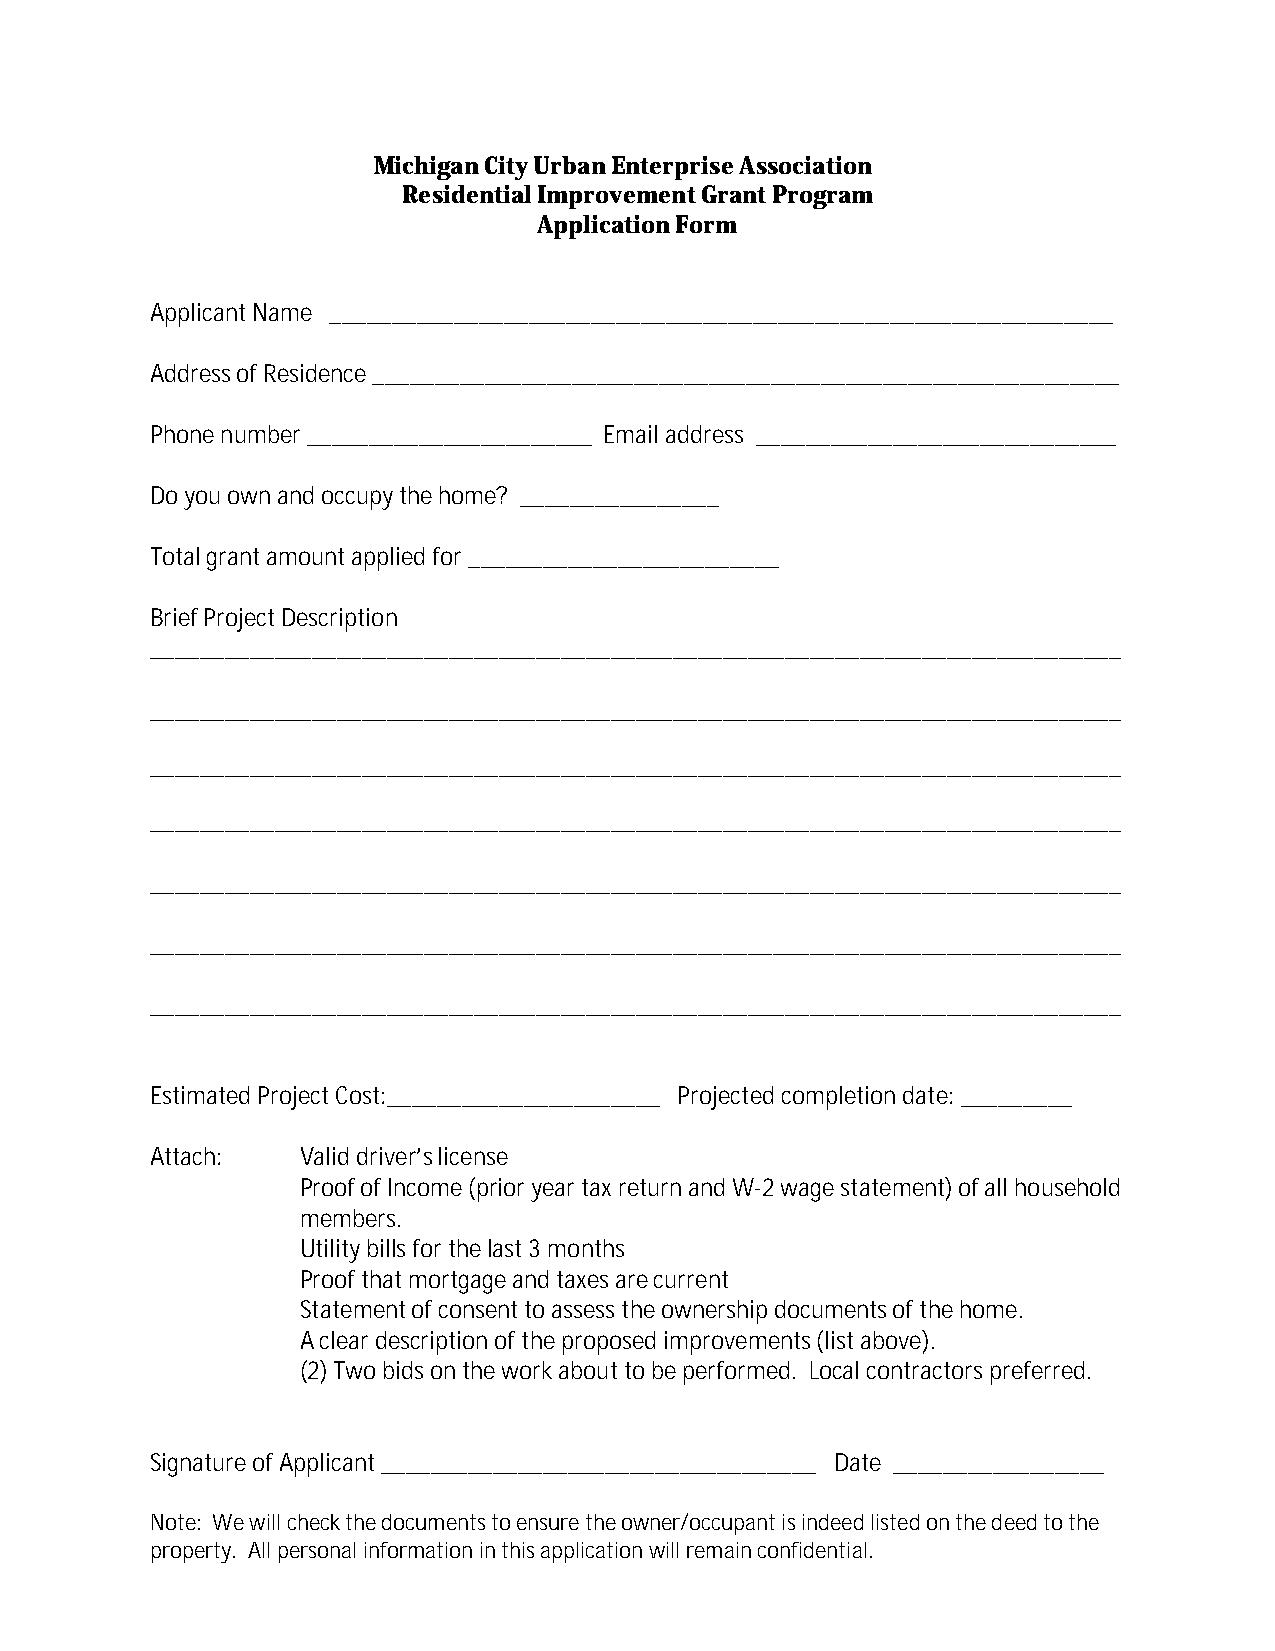
Michigan City Urban Enterprise Association
 Residential Improvement Grant Program
 Application Form
 Applicant Name _______________________________________________________________
 Address of Residence ____________________________________________________________
 Phone number _______________________ Email address _____________________________
 Do you own and occupy the home? ________________
 Total grant amount applied for _________________________
 Brief Project Description
 ______________________________________________________________________________
 ______________________________________________________________________________
 ______________________________________________________________________________
 ______________________________________________________________________________
 ______________________________________________________________________________
 ______________________________________________________________________________
 ______________________________________________________________________________
 Estimated Project Cost:______________________ Projected completion date: _________
 Attach:   Valid driver’s license
 Proof of Income (prior year tax return and W-2 wage statement) of all household
 members.
 Utility bills for the last 3 months
 Proof that mortgage and taxes are current
 Statement of consent to assess the ownership documents of the home.
 A clear description of the proposed improvements (list above).
 (2)Two bids on the work about to be performed. Local contractors preferred.
 Signature of Applicant ___________________________________ Date _________________
 Note: We will check the documents to ensure the owner/occupant is indeed listed on the deed to the
 property. All personal information in this application will remain confidential.